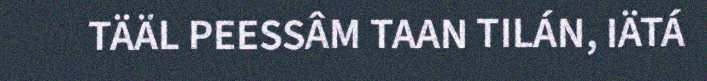
TÄÄL PEESSÂM TAAN TILÁN, IÄTÁ